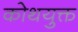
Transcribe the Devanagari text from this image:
कोथयुक्त